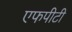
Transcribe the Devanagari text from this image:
एफपीटी